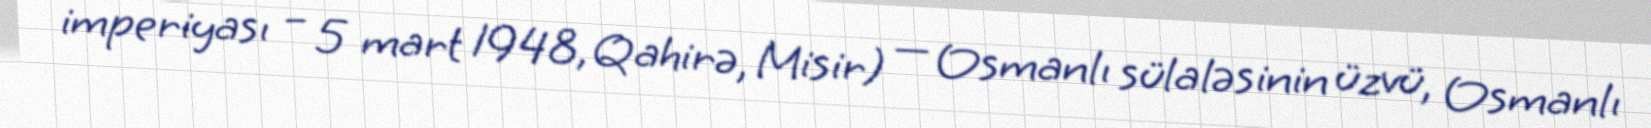
imperiyası – 5 mart 1948, Qahirə, Misir) — Osmanlı sülaləsinin üzvü, Osmanlı